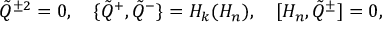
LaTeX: \tilde { Q } { } ^ { \pm 2 } = 0 , \quad \{ \tilde { Q } { } ^ { + } , \tilde { Q } { } ^ { - } \} = { \cal H } _ { k } ( H _ { n } ) , \quad [ H _ { n } , \tilde { Q } { } ^ { \pm } ] = 0 ,